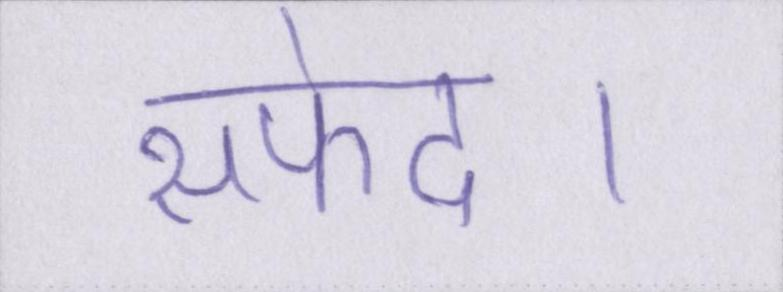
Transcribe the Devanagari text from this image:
सफेद।